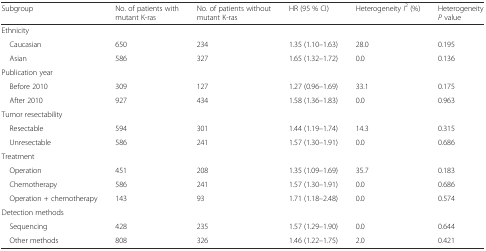
| Subgroup | No. of patients with mutant K-ras | No. of patients without mutant K-ras | HR (95 % CI) | Heterogeneity I2 (%) | Heterogeneity P value |
 | --- | --- | --- | --- | --- | --- |
 | <COLSPAN=6> Ethnicity |
 | Caucasian | 650 | 234 | 1.35 (1.10–1.63) | 28.0 | 0.195 |
 | Asian | 586 | 327 | 1.65 (1.32–1.72) | 0.0 | 0.136 |
 | <COLSPAN=6> Publication year |
 | Before 2010 | 309 | 127 | 1.27 (0.96–1.69) | 33.1 | 0.175 |
 | After 2010 | 927 | 434 | 1.58 (1.36–1.83) | 0.0 | 0.963 |
 | <COLSPAN=6> Tumor resectability |
 | Resectable | 594 | 301 | 1.44 (1.19–1.74) | 14.3 | 0.315 |
 | Unresectable | 586 | 241 | 1.57 (1.30–1.91) | 0.0 | 0.686 |
 | <COLSPAN=6> Treatment |
 | Operation | 451 | 208 | 1.35 (1.09–1.69) | 35.7 | 0.183 |
 | Chemotherapy | 586 | 241 | 1.57 (1.30–1.91) | 0.0 | 0.686 |
 | Operation + chemotherapy | 143 | 93 | 1.71 (1.18–2.48) | 0.0 | 0.574 |
 | <COLSPAN=6> Detection methods |
 | Sequencing | 428 | 235 | 1.57 (1.29–1.90) | 0.0 | 0.644 |
 | Other methods | 808 | 326 | 1.46 (1.22–1.75) | 2.0 | 0.421 |